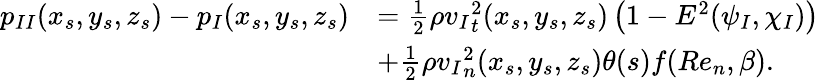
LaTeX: \begin{array}{rl}{{p_{II}}(x_{s},y_{s},z_{s})-{p_{I}}(x_{s},y_{s},z_{s})}&{=\frac{1}{2}\rho{v_{I}}_{t}^{2}(x_{s},y_{s},z_{s})\left(1-E^{2}(\psi_{I},\chi_{I})\right)}\\ &{+\frac{1}{2}\rho{v_{I}}_{n}^{2}(x_{s},y_{s},z_{s})\theta(s)f(Re_{n},\beta).}\end{array}